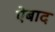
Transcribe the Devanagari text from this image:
ऐबाद